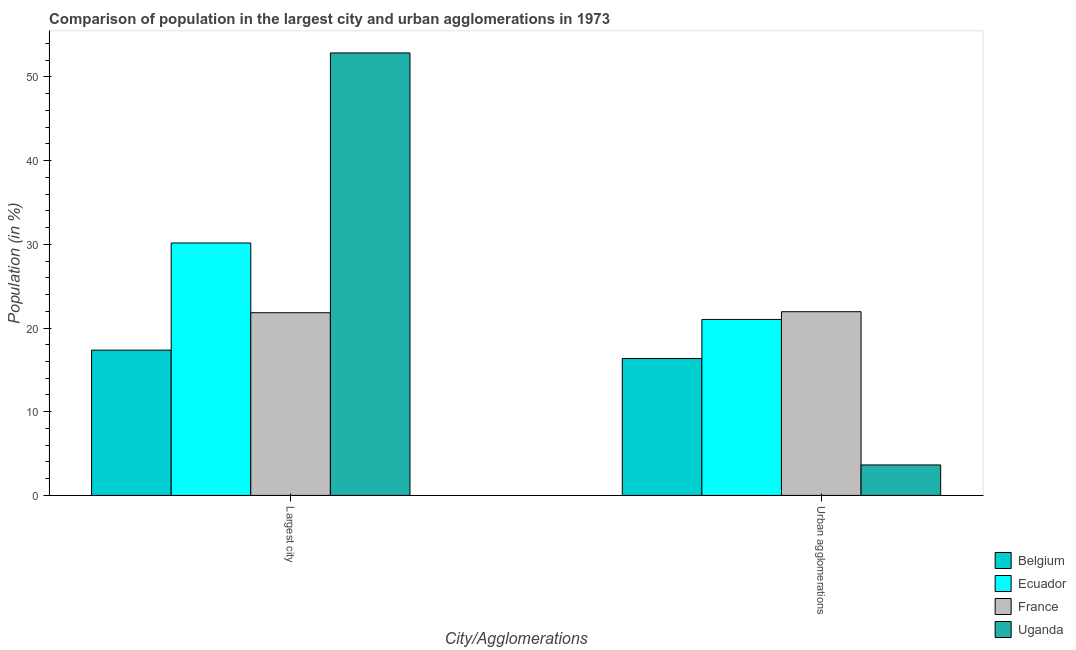
| City/Agglomerations | Belgium | Ecuador | France | Uganda |
 | --- | --- | --- | --- | --- |
 | Largest city | 17.4 | 30.2 | 21.8 | 52.9 |
 | Urban agglomerations | 16.4 | 21 | 21.9 | 3.64 |